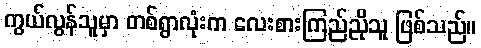
ကွယ်လွန်သူမှာ တစ်ရွာလုံးက လေးစားကြည်ညိုသူ ဖြစ်သည်။